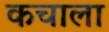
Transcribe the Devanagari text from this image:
कचाला